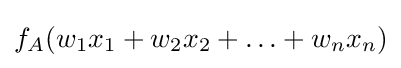
f_{A}(w_{1}x_{1}+w_{2}x_{2}+\ldots +w_{n}x_{n})